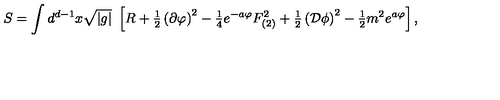
S = \int d ^ { d - 1 } x \sqrt { | g | } \ \left[ R + { \textstyle \frac { 1 } { 2 } } \left( \partial \varphi \right) ^ { 2 } - { \textstyle \frac { 1 } { 4 } } e ^ { - a \varphi } F _ { ( 2 ) } ^ { 2 } + { \textstyle \frac { 1 } { 2 } } \left( { \cal D } \phi \right) ^ { 2 } - { \textstyle \frac { 1 } { 2 } } m ^ { 2 } e ^ { a \varphi } \right] ,